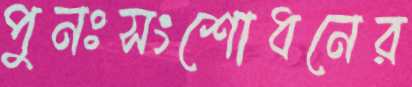
পুনঃসংশোধনের